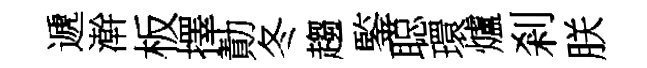
遞澣板擇勣冬趨鍳聪環爐剎朕